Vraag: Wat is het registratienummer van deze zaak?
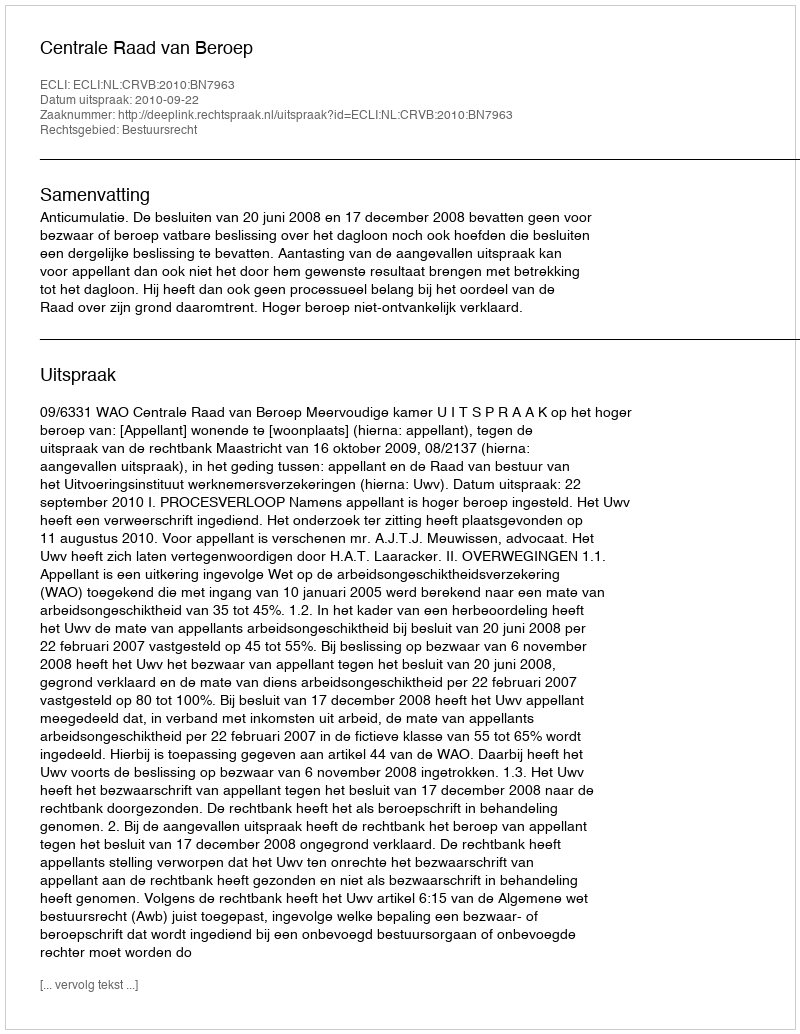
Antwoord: http://deeplink.rechtspraak.nl/uitspraak?id=ECLI:NL:CRVB:2010:BN7963